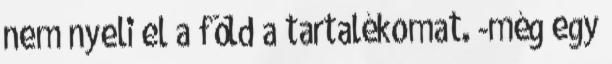
nem nyeli el a föld a tartalékomat. -még egy